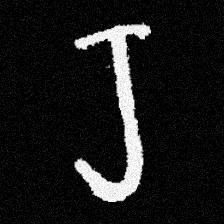
Pyu character \u2014 Myanmar letter: ရ (romanized: ra)